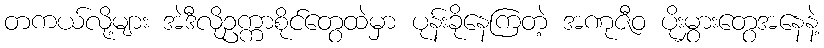
တကယ်လို့များ အဲဒီလိုဥက္ကာစိုင်တွေထဲမှာ ပုန်းခိုနေကြတဲ့ အဏုဇီဝ ပိုးမွှားတွေအနေနဲ့